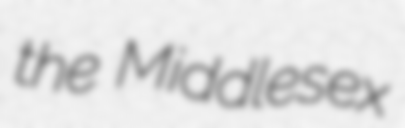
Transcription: the Middlesex